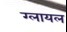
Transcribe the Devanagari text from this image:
ग्लायल